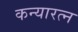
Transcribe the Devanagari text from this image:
कन्यारत्न